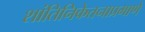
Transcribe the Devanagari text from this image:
शांतिनिकेतनाप्रमाणे